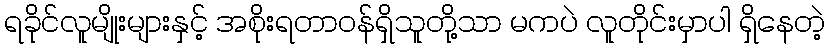
ရခိုင်လူမျိုးများနှင့် အစိုးရတာဝန်ရှိသူတို့သာ မကပဲ လူတိုင်းမှာပါ ရှိနေတဲ့